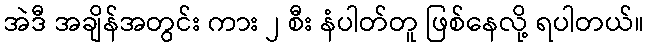
အဲဒီ အချိန်အတွင်း ကား ၂ စီး နံပါတ်တူ ဖြစ်နေလို့ ရပါတယ်။